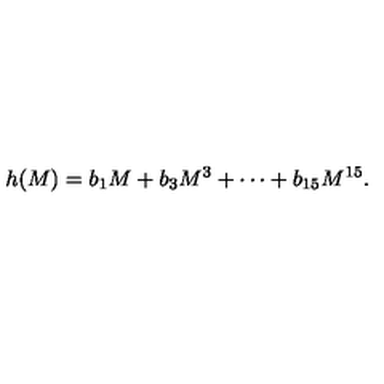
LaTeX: h ( M ) = b _ { 1 } M + b _ { 3 } M ^ { 3 } + \cdots + b _ { 1 5 } M ^ { 1 5 } .